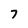
Character: 7